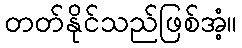
တတ်နိုင်သည်ဖြစ်အံ့။